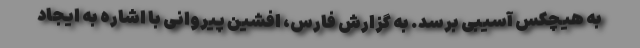
به هیچکس آسیبی برسد. به گزارش فارس، افشین پیروانی با اشاره به ایجاد